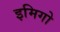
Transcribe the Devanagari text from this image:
इमिगो